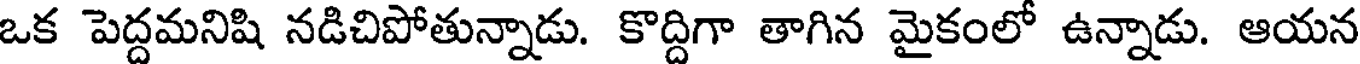
ఒక పెద్దమనిషి నడిచిపోతున్నాడు. కొద్దిగా తాగిన మైకంలో ఉన్నాడు. ఆయన